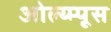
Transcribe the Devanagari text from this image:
ओल्य्म्पूस